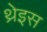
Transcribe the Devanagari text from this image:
थ्रेइस